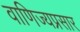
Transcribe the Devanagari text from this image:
वाणिज्यप्रसार